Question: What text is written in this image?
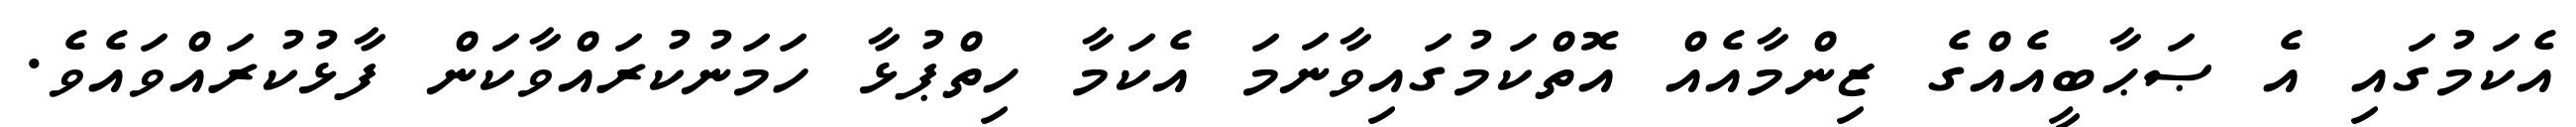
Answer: އެކަމުގައި އެ ޞަޙާބީއެއްގެ ޒިންމާއެއް އޮތްކަމުގައިވާނަމަ އެކަމާ ހިތްޕުޅާ ހަމަނުކުރައްވާކަން ފާޅުކުރައްވައެވެ.